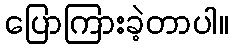
ပြောကြားခဲ့တာပါ။